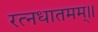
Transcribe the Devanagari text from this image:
रत्नधातमम्॥